Lunatic asylums United Prov. 1922-30 - 1922-1930
Year: 1922
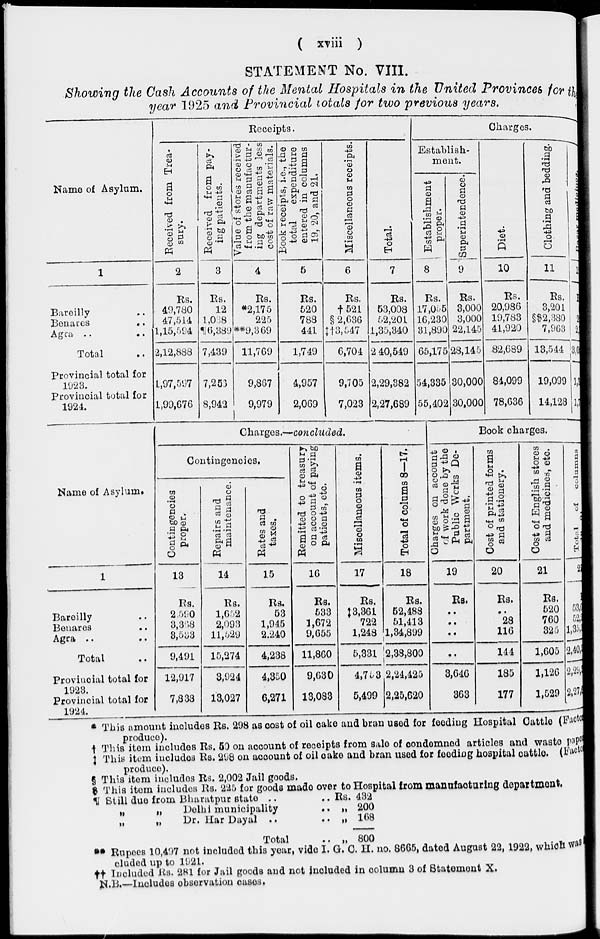
( xviii )
STATEMENT No. VIII.
Showing the Cash Accounts of the Mental Hospitals in the United Provinces for the
year 1925 and Provincial totals for two previous years.
Name of Asylum.
1
Bareilly ..
Benares
..
Agra
..
..
Total ..
Provincial total for
1923.
Provincial total for
1924.
Receipts.
Received from Trea-
sury.
2
Rs.
40,780
47,514
1,15,594
2,12,888
1,97,597
1,99,676
Received from pay-
ing patients.
3
Rs.
12
1,038
¶6,389
7,439
7,253
8,942
Value of stores received
from the manufactur-
ing departments less
cost of raw materials.
4
Rs.
*2,175
225
**9,369
11,769
9,867
9,979
Book receipts, i.e., the
total
expenditure
entered in columns
19, 20, and 21.
5
Rs.
620
788
441
1,749
4,957
2,069
Miscellaneous receipts.
6
Rs.
†521
§ 2,636
‡†3,547
6,704
9,705
7,023
Total.
7
Rs.
53,008
52,201
1,35,340
2 40,549
2,29,382
2,27,689
Charges.
Establish-
ment.
Establishment
proper.
8
Rs.
17,055
16,230
31,890
65,175
54,335
55,402
Superintendence.
9
Rs.
3,000
3,000
22,145
28,145
30,000
30,000
Diet.
10
Rs.
20,986
19,783
41,920
82,689
84,099
78,636
Clothing and bedding.
11
Rs.
3,201
§$2,380
7,963
13,544
19,099
14,123
1
Rs.
2
2,
3, 0
1,3
1,7
Name of Asylum.
1
Bareilly ..
Benares ..
Agra .. ..
Total ..
Provincial total for
1923.
Provincial total for
1924.
Charges.—concluded.
Contingencies.
Contingencies
proper.
13
Rs.
2,590
3,368
3,533
9,491
12,917
7,833
Repairs and
maintenance.
14
Rs.
1,652
2,093
11,529
15,274
3,924
13,027
Rates and
taxes.
15
Rs.
53
1,945
2,240
4,238
4,350
6,271
Remitted to treasury
on account of paying
patients, etc.
16
Rs.
533
1,672
9,655
11,860
9,630
13,083
Miscellaneous items.
17
Rs.
‡3.361
722
1,248
5,331
4,753
5,499
Total of colums 8—17.
18
Rs.
52,488
51,413
1,34,899
2,38,800
2,24,425
2,25,620
Book charges.
Charges on account
of
work done by the
Public Works De-
partment.
19
Rs.
..
..
..
..
3,646
363
Cost of printed forms
and stationery.
20
Rs.
..
23
116
144
185
177
Cost of English stores
and medicines, etc.
21
Rs.
520
760
325
1,605
1,126
1,529
Total
of
columns
5
53
52
1,35
2,40
2,29
2,27
* This amount includes Rs. 298 as cost of oil cake and bran used for feeding Hospital Cattle (Factor
produce).
† This item includes Rs. 50 on account of receipts from sale of condemned articles and waste pape
‡ This item includes Rs. 298 on account of oil cake and bran used for feeding hospital cattle. (Factor
produce).
§ This item includes Rs. 2,002 Jail goods.
This item includes Rs. 225 for goods made over to Hospital from manufacturing department.
¶ Still due from Bharatpur state ..
.. Rs. 432
„
„
Delhi municipality
.. „ 200
„
„
Dr. Har Dayal ..
..
„
168
Total
.. „ 800
** Rupees 10,497 not included this year, vide I. G. C. H. no. 8665, dated August 22, 1922, which was
cluded up to 1921.
†† Included Rs. 281 for Jail goods and not included in column 3 of Statement X.
N .B.—Includes observation cases.